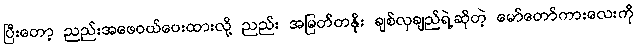
ပြီးတော့ ညည်းအဖေဝယ်ပေးထားလို့ ညည်း အမြတ်တနိုး ချစ်လှချည်ရဲ့ဆိုတဲ့ မော်တော်ကားလေးကို